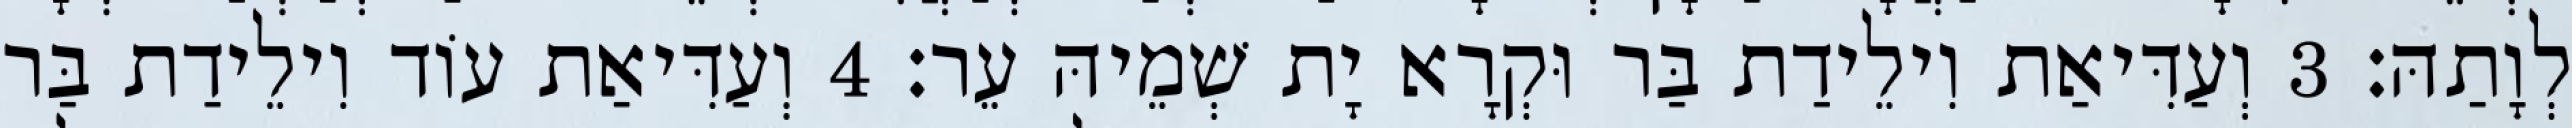
לְוָתַהּ׃ 3 וְעַדִּיאַת וִילֵידַת בַּר וּקְרָא יָת שְׁמֵיהּ עֵר׃ 4 וְעַדִּיאַת עוֹד וִילֵידַת בַּר